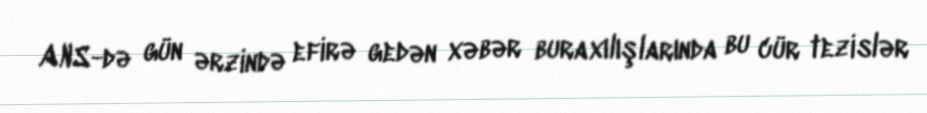
ANS-də gün ərzində efirə gedən xəbər buraxılışlarında bu cür tezislər